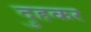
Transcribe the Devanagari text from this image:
दुहकर